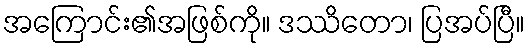
အကြောင်း၏အဖြစ်ကို။ ဒဿိတော၊ ပြအပ်ပြီ။